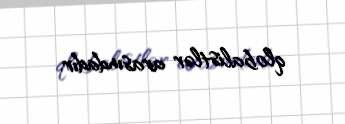
qlobalistlər arasındadır.